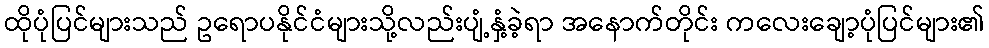
ထိုပုံပြင်များသည် ဥရောပနိုင်ငံများသို့လည်းပျံ့နှံ့ခဲ့ရာ အနောက်တိုင်း ကလေးချော့ပုံပြင်များ၏